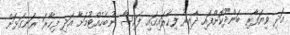
އަދި ވިޔަފާރި ބަންދުކޮށްފައި ދާއިރު ފިހާރައިގައި ފައިސާ ނުބެހެއްޓުމަށާ އަދި ފިހާރަ ރަނގަޅަށް